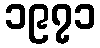
၁၉၇၁